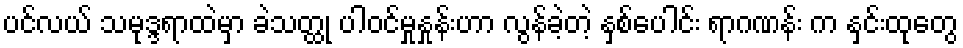
ပင်လယ် သမုဒ္ဒရာထဲမှာ ခဲသတ္ထု ပါဝင်မှုနှုန်းဟာ လွန်ခဲ့တဲ့ နှစ်ပေါင်း ရာဂဏန်း က နှင်းထုတွေ